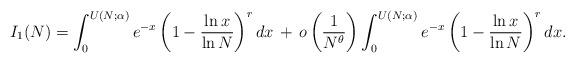
LaTeX: \begin{align*}I_1(N) = \int_0^{U(N; \alpha)} e^{-x} \left(1 - \frac{\ln x}{\ln N}\right)^r dx \,+ \, o\left(\frac{1}{N^{\theta}}\right) \int_0^{U(N; \alpha)} e^{-x} \left(1 - \frac{\ln x}{\ln N}\right)^r dx.\end{align*}